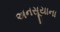
અનસૂયાના